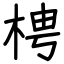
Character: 梬